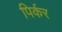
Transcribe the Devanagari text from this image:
पिर्कर